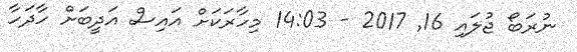
ނުރަބޯ ޖުލައި 16